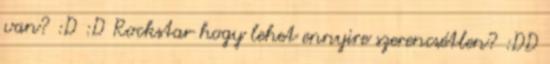
van? :D :D Rockstar hogy lehet ennyire szerencsétlen? :DD